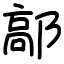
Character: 鄗